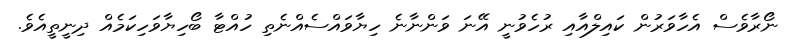
ނޯރާވެސް އެހާވަރުން ކައިލްއާއި ރުހެވުނީ އޭނަ ވަންނާނެ ހިޔާވައްސެއްނެތި ހުއްޓާ ބޯހިޔާވަހިކަމެއް ދިނީތީއެވެ.